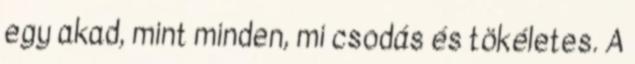
egy akad, mint minden, mi csodás és tökéletes. A